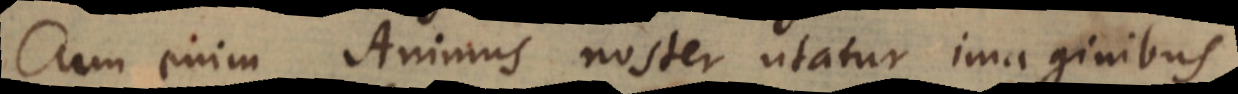
Cum enim Animus noster utatur imaginibus